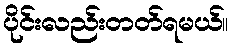
ပိုင်းလည်းတတ်ရမယ်။